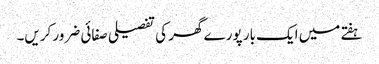
ہفتے میں ایک بار پورے گھر کی تفصیلی صفائی ضرور کریں۔